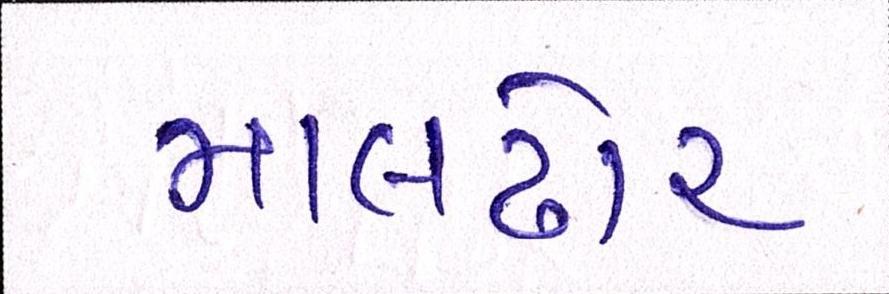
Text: માલઢોર